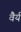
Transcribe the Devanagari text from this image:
वैर्य